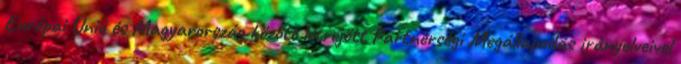
Európai Unió és Magyarország között létrejött Partnerségi Megállapodás irányelveivel